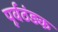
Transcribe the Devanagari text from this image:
पूर्वठंड़क